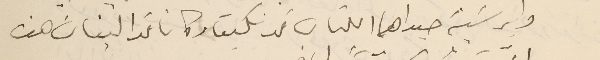
وابرشية صيدا هما اللتان قد نكبتا وكانا فدا لبنان هذه